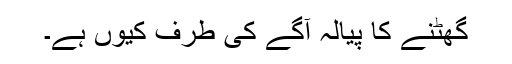
گُھٹنے کا پیالہ آگے کی طرف کیوں ہے۔